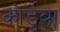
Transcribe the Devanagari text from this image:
कोर्डुबा